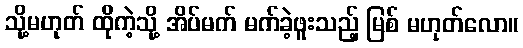
သို့မဟုတ် ထိုကဲ့သို့ အိပ်မက် မက်ခဲ့ဖူးသည့် မြစ် မဟုတ်လော။